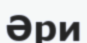
Әри